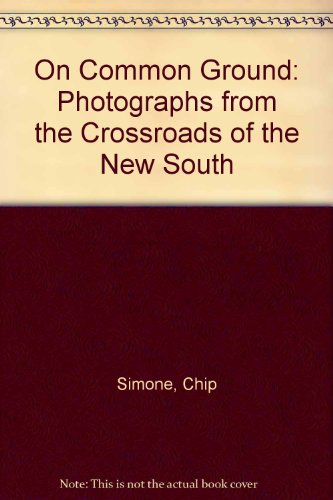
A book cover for On Common Ground: Photographs from the Crossroads of the New South; Chip Simone; Travel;